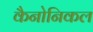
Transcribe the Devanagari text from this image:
कैनोनिकल